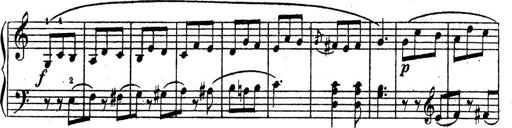
Title: 10 Sonatinas
Composer: Fritz Spindler